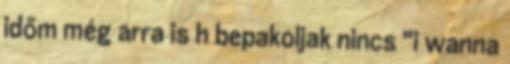
időm még arra is h bepakoljak nincs "i wanna